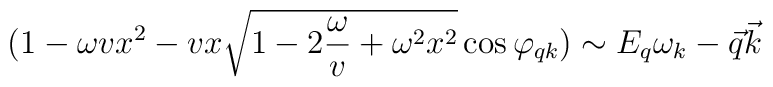
(1-\omega v x^2- vx\sqrt{1-2{\omega\over v}+\omega^2 x^2} \cos\varphi_{qk})\sim E_q\omega_k-\vec{q}\vec{k}